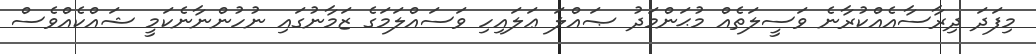
މިފަދަ ދިރާސާއެއްކުރާނެ ވަސީލަތެއް މުޙަންމަދު ޞައްލަ ޢަލައިހި ވަސައްލަމަގެ ޒަމާނުގައި ނުހުންނާނެކަމީ ޝައްކެއްވެސް